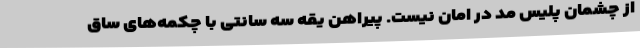
از چشمان پلیس مُد در امان نیست. پیراهن یقه سه سانتی با چکمه‌های ساق